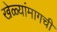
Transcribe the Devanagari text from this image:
खेळ्यांमागची